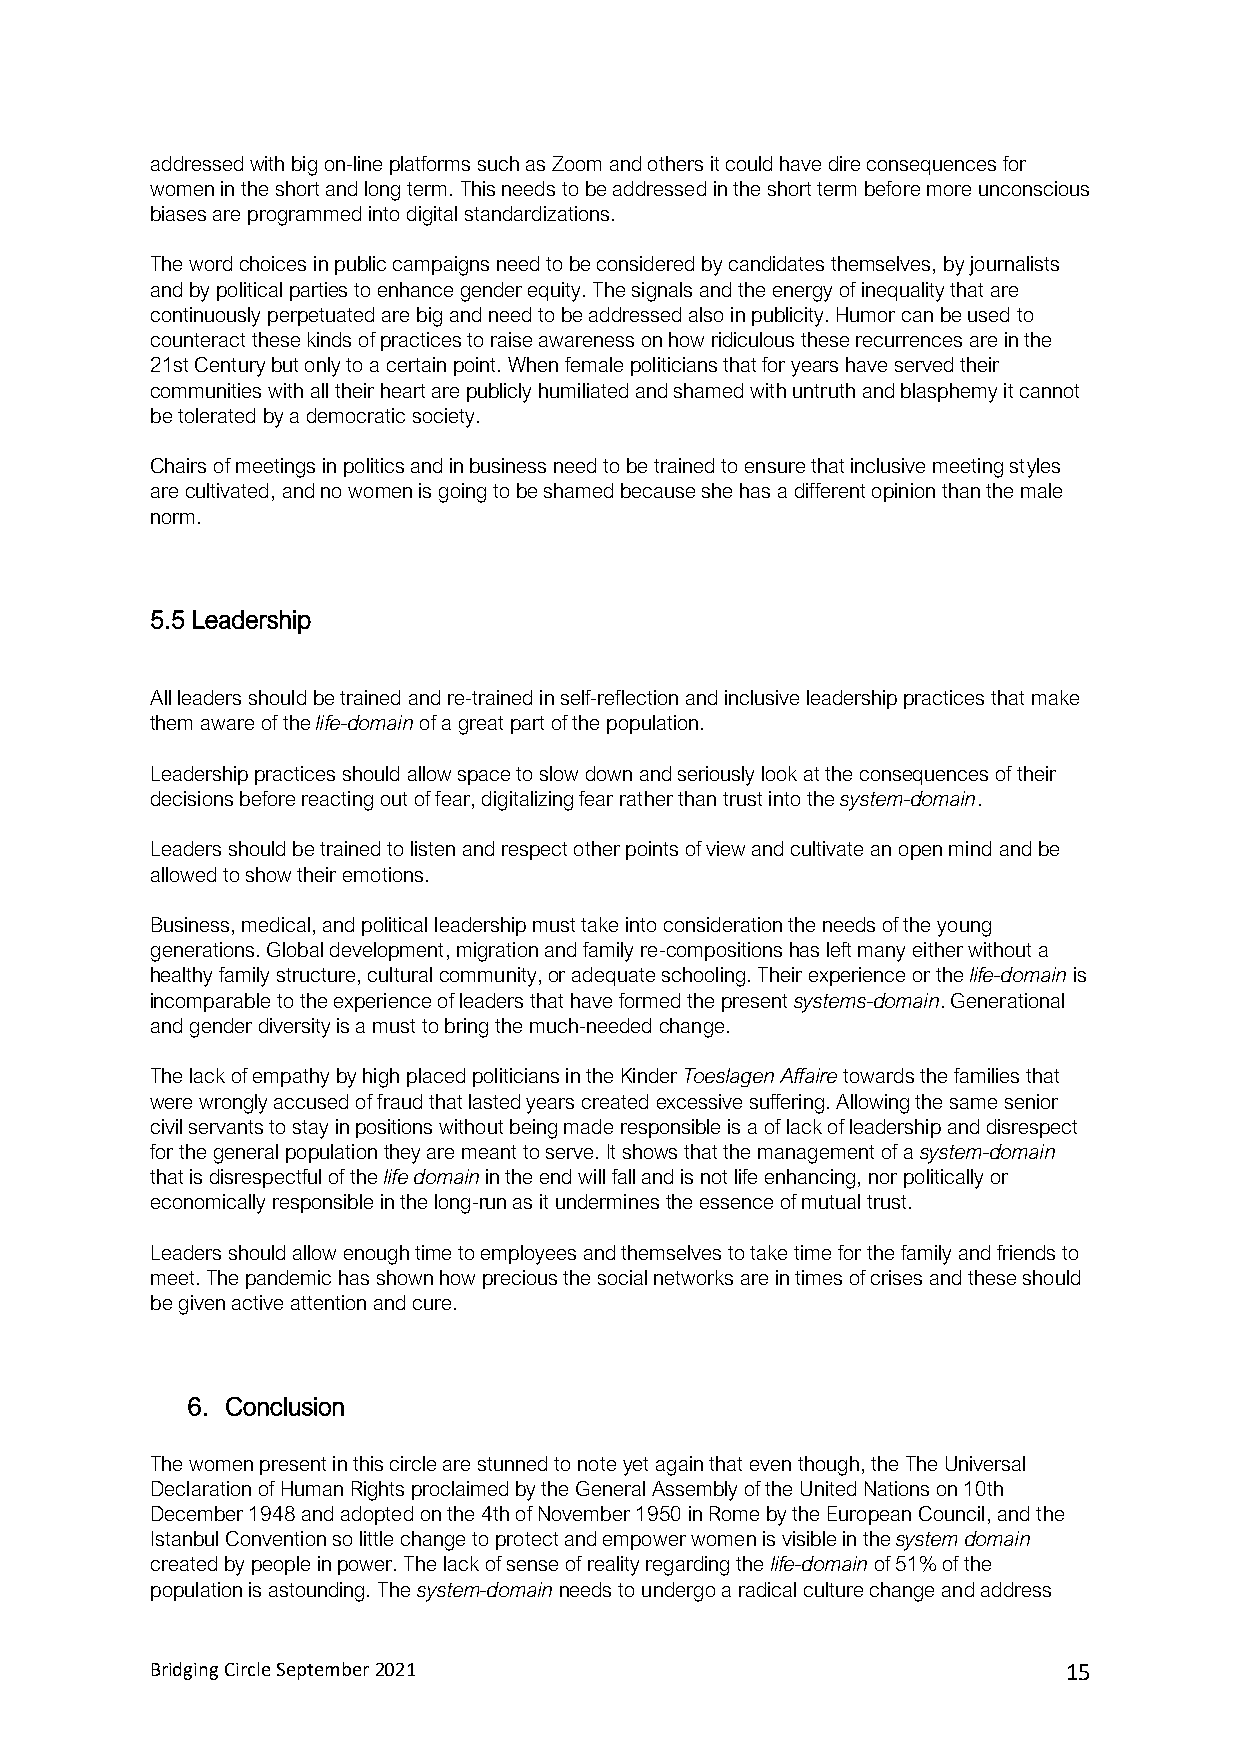
addressed with big on-line platforms such as Zoom and others it could have dire consequences for
 women in the short and long term. This needs to be addressed in the short term before more unconscious
 biases are programmed into digital standardizations.
 The word choices in public campaigns need to be considered by candidates themselves, by journalists
 and by political parties to enhance gender equity. The signals and the energy of inequality that are
 continuously perpetuated are big and need to be addressed also in publicity. Humor can be used to
 counteract these kinds of practices to raise awareness on how ridiculous these recurrences are in the
 21st Century but only to a certain point. When female politicians that for years have served their
 communities with all their heart are publicly humiliated and shamed with untruth and blasphemy it cannot
 be tolerated by a democratic society.
 Chairs of meetings in politics and in business need to be trained to ensure that inclusive meeting styles
 are cultivated, and no women is going to be shamed because she has a different opinion than the male
 norm.
 5.5 Leadership
 All leaders should be trained and re-trained in self-reflection and inclusive leadership practices that make
 them aware of the life-domain of a great part of the population.
 Leadership practices should allow space to slow down and seriously look at the consequences of their
 decisions before reacting out of fear, digitalizing fear rather than trust into the system-domain.
 Leaders should be trained to listen and respect other points of view and cultivate an open mind and be
 allowed to show their emotions.
 Business, medical, and political leadership must take into consideration the needs of the young
 generations. Global development, migration and family re-compositions has left many either without a
 healthy family structure, cultural community, or adequate schooling. Their experience or the life-domain is
 incomparable to the experience of leaders that have formed the present systems-domain. Generational
 and gender diversity is a must to bring the much-needed change.
 The lack of empathy by high placed politicians in the Kinder Toeslagen Affaire towards the families that
 were wrongly accused of fraud that lasted years created excessive suffering. Allowing the same senior
 civil servants to stay in positions without being made responsible is a of lack of leadership and disrespect
 for the general population they are meant to serve. It shows that the management of a system-domain
 that is disrespectful of the life domain in the end will fall and is not life enhancing, nor politically or
 economically responsible in the long-run as it undermines the essence of mutual trust.
 Leaders should allow enough time to employees and themselves to take time for the family and friends to
 meet. The pandemic has shown how precious the social networks are in times of crises and these should
 be given active attention and cure.
 6. Conclusion
 The women present in this circle are stunned to note yet again that even though, the The Universal
 Declaration of Human Rights proclaimed by the General Assembly of the United Nations on 10th
 December 1948 and adopted on the 4th of November 1950 in Rome by the European Council, and the
 Istanbul Convention so little change to protect and empower women is visible in the system domain
 created by people in power. The lack of sense of reality regarding the life-domain of 51% of the
 population is astounding. The system-domain needs to undergo a radical culture change and address
 Bridging Circle September 2021                               15